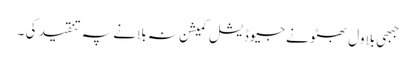
جبھی بلاول بھٹو نے جیوڈیشل کمیشن نہ بلانے پہ تنقید کی ۔